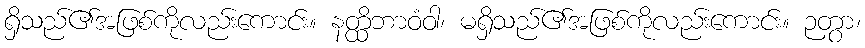
ရှိသည်၏အဖြစ်ကိုလည်းကောင်း။ နတ္ထိဘာဝံဝါ၊ မရှိသည်၏အဖြစ်ကိုလည်းကောင်း။ ဉတွာ၊